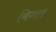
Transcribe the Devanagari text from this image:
बिगत